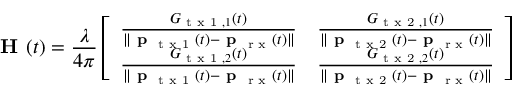
\textbf { H } ( t ) = \frac { \lambda } { 4 \pi } \left[ \begin{array} { l l } { \frac { G _ { \textrm { t x 1 } , 1 } ( t ) } { \| \textbf { p } _ { \textrm { t x 1 } } ( t ) - \textbf { p } _ { \textrm { r x } } ( t ) \| } } & { \frac { G _ { \textrm { t x 2 } , 1 } ( t ) } { \| \textbf { p } _ { \textrm { t x 2 } } ( t ) - \textbf { p } _ { \textrm { r x } } ( t ) \| } } \\ { \frac { G _ { \textrm { t x 1 } , 2 } ( t ) } { \| \textbf { p } _ { \textrm { t x 1 } } ( t ) - \textbf { p } _ { \textrm { r x } } ( t ) \| } } & { \frac { G _ { \textrm { t x 2 } , 2 } ( t ) } { \| \textbf { p } _ { \textrm { t x 2 } } ( t ) - \textbf { p } _ { \textrm { r x } } ( t ) \| } } \end{array} \right]